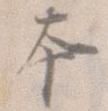
本